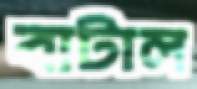
বাটাল